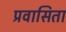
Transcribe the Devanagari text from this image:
प्रवासिता